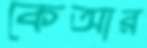
কেআর